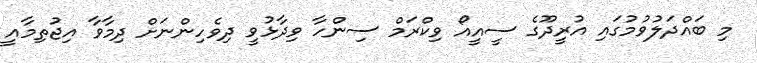
މި ބައްދަލުވުމުގައި އުރީދޫގެ ސީއީއޯ ވިކްރަމް ސިންހާ ވިދާޅުވީ ދިވެހިންނަށް ދިމާވާ އިޖުތިމާއީ